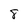
Character: 8